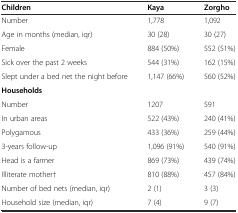
| Children | Kaya | Zorgho |
 | --- | --- | --- |
 | Number | 1,778 | 1,092 |
 | Age in months (median, iqr) | 30 (28) | 30 (27) |
 | Female | 884 (50%) | 552 (51%) |
 | Sick over the past 2 weeks | 544 (31%) | 162 (15%) |
 | Slept under a bed net the night before | 1,147 (66%) | 560 (52%) |
 | Households |  |  |
 | Number | 1207 | 591 |
 | In urban areas | 522 (43%) | 240 (41%) |
 | Polygamous | 433 (36%) | 259 (44%) |
 | 3-years follow-up | 1,096 (91%) | 540 (91%) |
 | Head is a farmer | 869 (73%) | 439 (74%) |
 | Illiterate mother† | 810 (88%) | 457 (84%) |
 | Number of bed nets (median, iqr) | 2 (1) | 3 (3) |
 | Household size (median, iqr) | 7 (4) | 9 (7) |